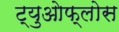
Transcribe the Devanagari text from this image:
ट्युओफ्लोस